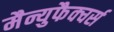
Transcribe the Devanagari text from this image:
मैन्युफैक्चर्स